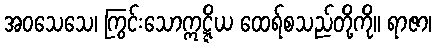
အဝသေသေ၊ ကြွင်းသောဣဋ္ဋိယ ထေရ်စသည်တို့ကို။ ရာဇာ၊